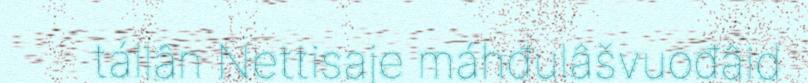
tállân Nettisaje máhđulâšvuođâid